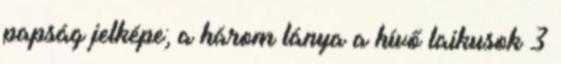
papság jelképe; a három lánya a hívő laikusok 3